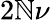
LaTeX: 2\mathbb{N}\nu